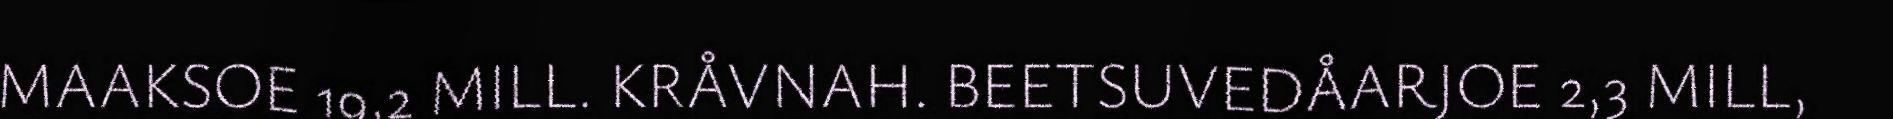
MAAKSOE 19,2 MILL. KRÅVNAH. BEETSUVEDÅARJOE 2,3 MILL,